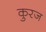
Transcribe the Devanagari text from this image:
कुरज